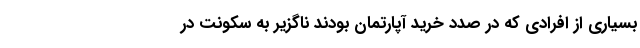
بسیاری از افرادی که در صدد خرید آپارتمان بودند ناگزیر به سکونت در